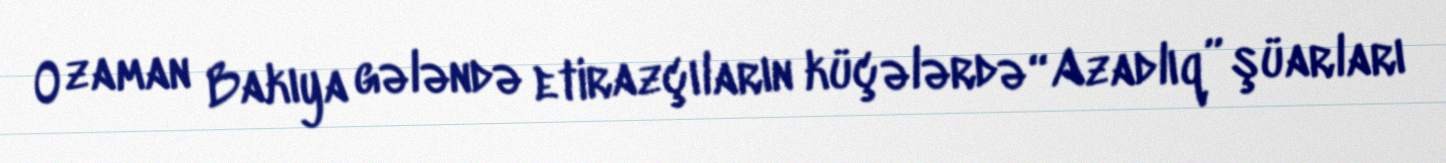
O zaman Bakıya gələndə etirazçıların küçələrdə “Azadlıq” şüarları